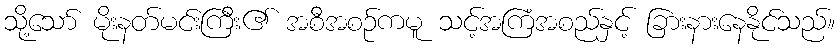
သို့သော် မိုးနတ်မင်းကြီး၏ အစီအစဉ်ကမူ သင့်အကြံအစည်နှင့် ခြားနားနေနိုင်သည်။